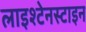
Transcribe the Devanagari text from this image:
लाइश्टेनस्टाइन